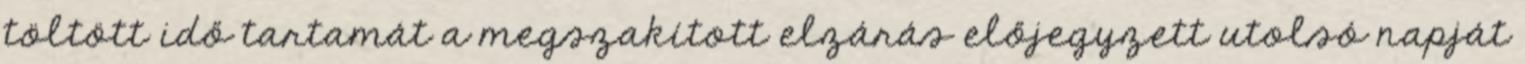
töltött idő tartamát a megszakított elzárás előjegyzett utolsó napját